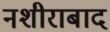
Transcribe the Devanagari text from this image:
नशीराबाद